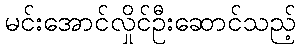
မင်းအောင်လှိုင်ဦးဆောင်သည့်